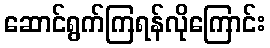
ဆောင်ရွက်ကြရန်လိုကြောင်း